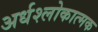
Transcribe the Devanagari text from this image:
अर्धश्लोकात्मक